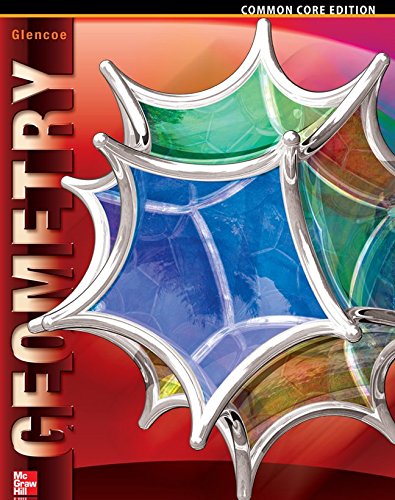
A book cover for Geometry, Student Edition (MERRILL GEOMETRY); McGraw-Hill Education; Science & Math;